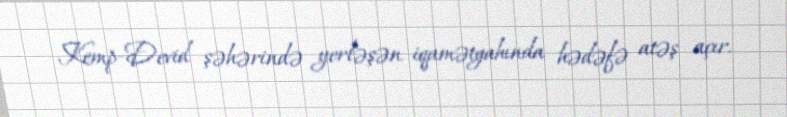
Kemp-Devid şəhərində yerləşən iqamətgahında hədəfə atəş açır.